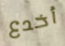
أخدع